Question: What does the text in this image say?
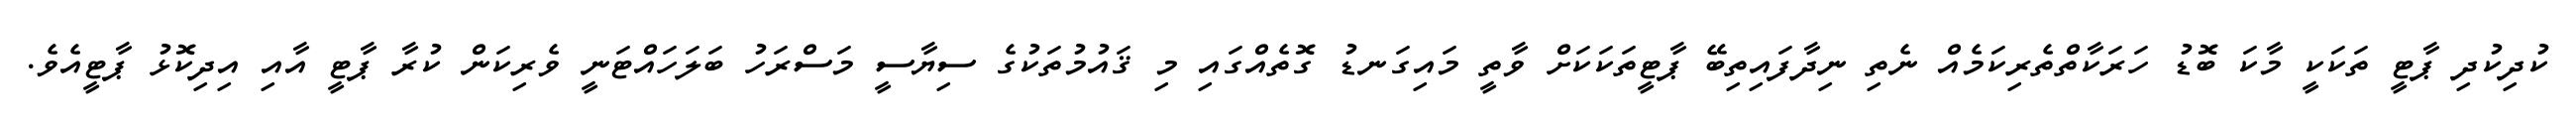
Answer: ކުދިކުދި ޕާޓީ ތަކަކީ މާކަ ބޮޑު ހަރަކާތްތެރިކަމެއް ނެތި ނިދާފައިތިބޭ ޕާޓީތަކަކަށް ވާތީ މައިގަނޑު ގޮތެއްގައި މި ޤައުމުތަކުގެ ސިޔާސީ މަސްރަހު ބަލަހައްޓަނީ ވެރިކަން ކުރާ ޕާޓީ އާއި އިދިކޮޅު ޕާޓީއެވެ.